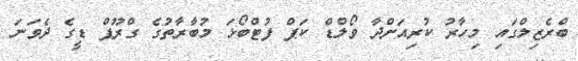
ބްރެޒިލްގައި މިހާރު ކުރިއަށްދާ ވޯލްޑް ކަޕް ފުޓްބޯޅަ މުބާރާތުގެ ގްރޫޕް ޑީގެ ދެވަނަ